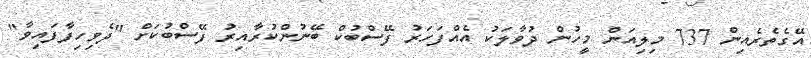
އޭގެތެރެއިން 737 މިލިއަން މީހުން ދުވާލަކު އެއްފަހަރު ފޭސްބުކް ބޭނުންކުރާއިރު ފޭސްބުކަށް "ދެވިހިފާފައިވާ"